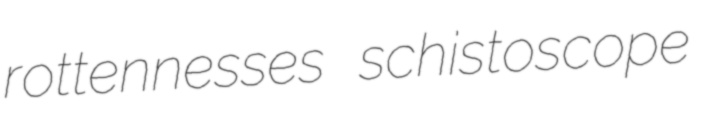
rottennesses schistoscope